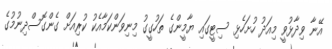
އޭނާ ވިދާޅުވީ މިއަދު ހުށަހެޅި ސިޓީގައި ޔާމީންގެ ތަހުގީގު މިނިވަންކަމާއެކު ކުރިއަށް ގެންގޮސްދިނުމުގެ